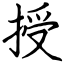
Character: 授